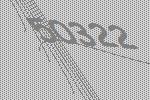
50322